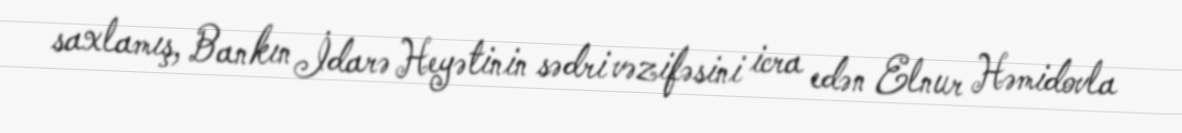
saxlamış, Bankın İdarə Heyətinin sədri vəzifəsini icra edən Elnur Həmidovla